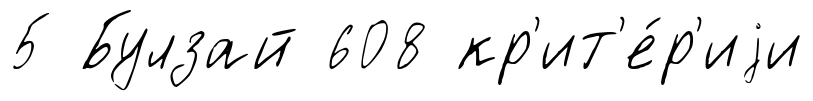
5 Булзай 608 кр'ит'е́р'иjи